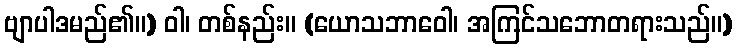
ဗျာပါဒမည်၏။) ဝါ၊ တစ်နည်း။ (ယောသဘာဝေါ၊ အကြင်သဘောတရားသည်။)